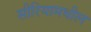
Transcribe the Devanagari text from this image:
सीरियामधील